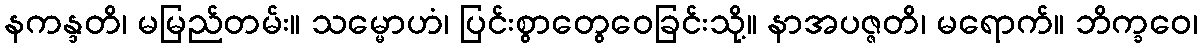
နကန္ဒတိ၊ မမြည်တမ်း။ သမ္မောဟံ၊ ပြင်းစွာတွေဝေခြင်းသို့။ နာအပဇ္ဇတိ၊ မရောက်။ ဘိက္ခဝေ၊